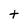
Character: t